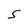
Character: S